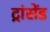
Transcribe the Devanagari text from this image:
ट्रांसेंड